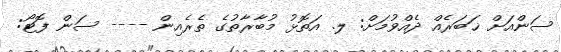
ސަންއަށް ޚަބަރެއް ދެއްވުމަށް: ލ. އަތޮޅު މުބާރާތުގެ ތެރެއިން ---- ސަން ފޮޓޯ: